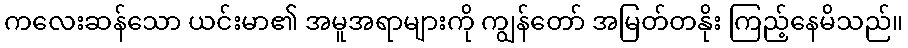
ကလေးဆန်သော ယင်းမာ၏ အမူအရာများကို ကျွန်တော် အမြတ်တနိုး ကြည့်နေမိသည်။